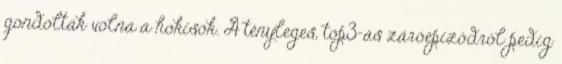
gondolták volna a hokisok. A tényleges, top3-as záróepizódról pedig